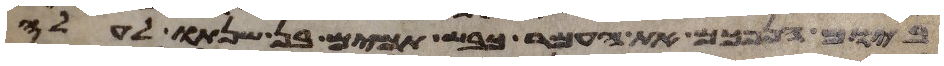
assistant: ביום הנפכם את העמר כבש תמים בן שנתו לעלה